Report of the Indian Hemp Drugs Commission, 1894-1895 - Volume IV
Year: 1894
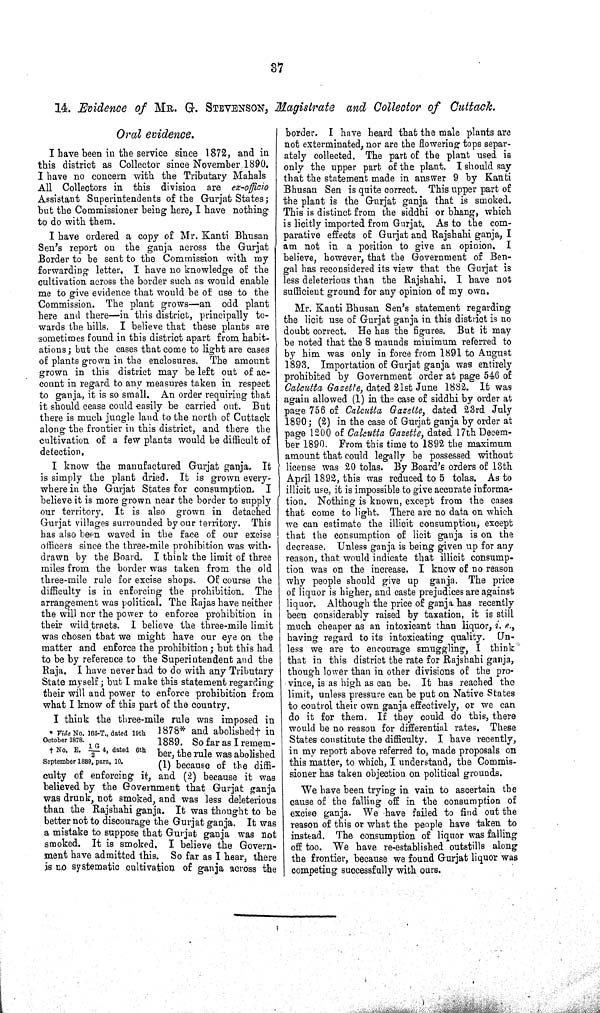
37
14. Evidence of MR. G. STEVENSON, Magistrate and Collector of Cuttack.
Oral evidence.
I have been in the service since 1872, and in
this district as Collector since November 1890.
I have no concern with the Tributary Mahals
All Collectors in this division are ex-officio
Assistant Superintendents of the Gurjat States;
but the Commissioner being here, I have nothing
to do with them.
I have ordered a copy of Mr. Kanti Bhusan
Sen's report on the ganja across the Gurjat
Border to be sent to the Commission with my
forwarding letter. I have no knowledge of the
cultivation across the border such as would enable
me to give evidence that would be of use to the
Commission. The plant grows—an odd plant
here and there—in this district, principally to-
wards the hills. I believe that these plants are
sometimes found in this district apart from habit-
ations; but the cases that come to light are cases
of plants grown in the enclosures. The amount
grown in this district may be left out of ac-
count in regard to any measures taken in respect
to ganja, it is so small. An order requiring that
it should cease could easily be carried out. But
there is much jungle land to the north of Cuttack
along the frontier in this district, and there the
cultivation of a few plants would be difficult of
detection.
I know the manufactured Gurjat ganja. It
is simply the plant dried. It is grown every-
where in the Gurjat States for consumption. I
believe it is more grown near the border to supply
our territory. It is also grown in detached
Gurjat villages surrounded by our territory. This
has also been waved in the face of our excise
officers since the three-mile prohibition was with-
drawn by the Board. I think the limit of three
miles from the border was taken from the old
three-mile rule for excise shops. Of course the
difficulty is in enforcing the prohibition. The
arrangement was political. The Rajas have neither
the will nor the power to enforce prohibition in
their wild tracts. I believe the three-mile limit
was chosen that we might have our eye on the
matter and enforce the prohibition; but this had
to be by reference to the Superintendent and the
Raja. I have never had to do with any Tributary
State myself; but I make this statement regarding
their will and power to enforce prohibition from
what I know of this part of the country.
* Vide No. 165-T., dated 19th
October 1878.
† No. E. 1 G/2 4, dated 6th
September 1889, para. 10.
I think the three-mile rule was imposed in
1878* and abolished† in
1889. So far as I remem-
ber, the rule was abolished
(1) because of the diffi-
culty of enforcing it, and (2) because it was
believed by the Government that Gurjat ganja
was drunk, not smoked, and was less deleterious
than the Rajshahi ganja. It was thought to be
better not to discourage the Gurjat ganja. It was
a mistake to suppose that Gurjat ganja was not
smoked. It is smoked. I believe the Govern-
ment have admitted this. So far as I hear, there
is no systematic cultivation of ganja across the
border. I have heard that the male plants are
not exterminated, nor are the flowering tops separ-
ately collected. The part of the plant used is
only the upper part of the plant. I should say
that the statement made in answer 9 by Kanti
Bhusan Sen is quite correct. This upper part of
the plant is the Gurjat ganja that is smoked.
This is distinct from the siddhi or bhang, which
is licitly imported from Gurjat. As to the com-
parative effects of Gurjat and Rajshahi ganja, I
am not in a position to give an opinion. I
believe, however, that the Government of Ben-
gal has reconsidered its view that the Gurjat is
less deleterious than the Rajshahi. I have not
sufficient ground for any opinion of my own.
Mr. Kanti Bhusan Sen's statement regarding
the licit use of Gurjat ganja in this district is no
doubt correct. He has the figures. But it may
be noted that the 8 maunds minimum referred to
by him was only in force from 1891 to August
1893. Importation of Gurjat ganja was entirely
prohibited by Government order at page 546 of
Calcutta Gazette, dated 21st June 1882. It was
again allowed (1) in the case of siddhi by order at
page 756 of Calcutta Gazette, dated 23rd July
1890; (2) in the case of Gurjat ganja by order at
page 1200 of Calcutta Gazette, dated 17th Decem-
ber 1890. From this time to 1892 the maximum
amount that could legally be possessed without
license was 20 tolas. By Board's orders of 13th
April 1892, this was reduced to 5 tolas. As to
illicit use, it is impossible to give accurate informa-
tion. Nothing is known, except from the cases
that come to light. There are no data on which
we can estimate the illicit consumption, except
that the consumption of licit ganja is on the
decrease. Unless ganja is being given up for any
reason, that would indicate that illicit consump-
tion was on the increase, I know of no reason
why people should give up ganja. The price
of liquor is higher, and caste prejudices are against
liquor. Although the price of ganja has recently
been considerably raised by taxation, it is still
much cheaper as an intoxicant than liquor, i. e.,
having regard to its intoxicating quality. Un-
less we are to encourage smuggling, I think
that in this district the rate for Rajshahi ganja,
though lower than in other divisions of the pro-
vince, is as high as can be. It has reached the
limit, unless pressure can be put on Native States
to control their own ganja effectively, or we can
do it for them. If they could do this, there
would be no reason for differential rates. These
States constitute the difficulty. I have recently,
in my report above referred to, made proposals on
this matter, to which, I understand, the Commis-
sioner has taken objection on political grounds.
We have been trying in vain to ascertain the
cause of the falling off in the consumption of
excise ganja. We have failed to find out the
reason of this or what the people have taken to
instead. The consumption of liquor was falling
off too. We have re-established outstills along
the frontier, because we found Gurjat liquor was
competing successfully with ours.